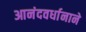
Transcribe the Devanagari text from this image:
आनंदवर्धानाने